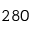
2 8 0